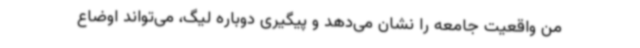
من واقعیت جامعه را نشان می‌دهد و پیگیری دوباره لیگ، می‌تواند اوضاع